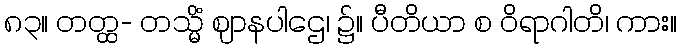
၈၃။ တတ္ထ- တသ္မိံ ဈာနပါဌေ၊ ၌။ ပီတိယာ စ ဝိရာဂါတိ၊ ကား။